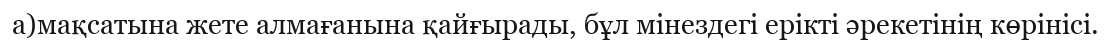
а)мақсатына жете алмағанына қайғырады, бұл мінездегі ерікті әрекетінің көрінісі.